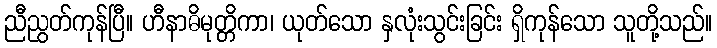
ညီညွတ်ကုန်ပြီ။ ဟီနာဓိမုတ္တိကာ၊ ယုတ်သော နှလုံးသွင်းခြင်း ရှိကုန်သော သူတို့သည်။